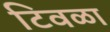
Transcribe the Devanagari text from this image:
टिवळा